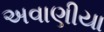
અવાણીયા